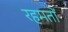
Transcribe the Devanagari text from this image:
रहमतों